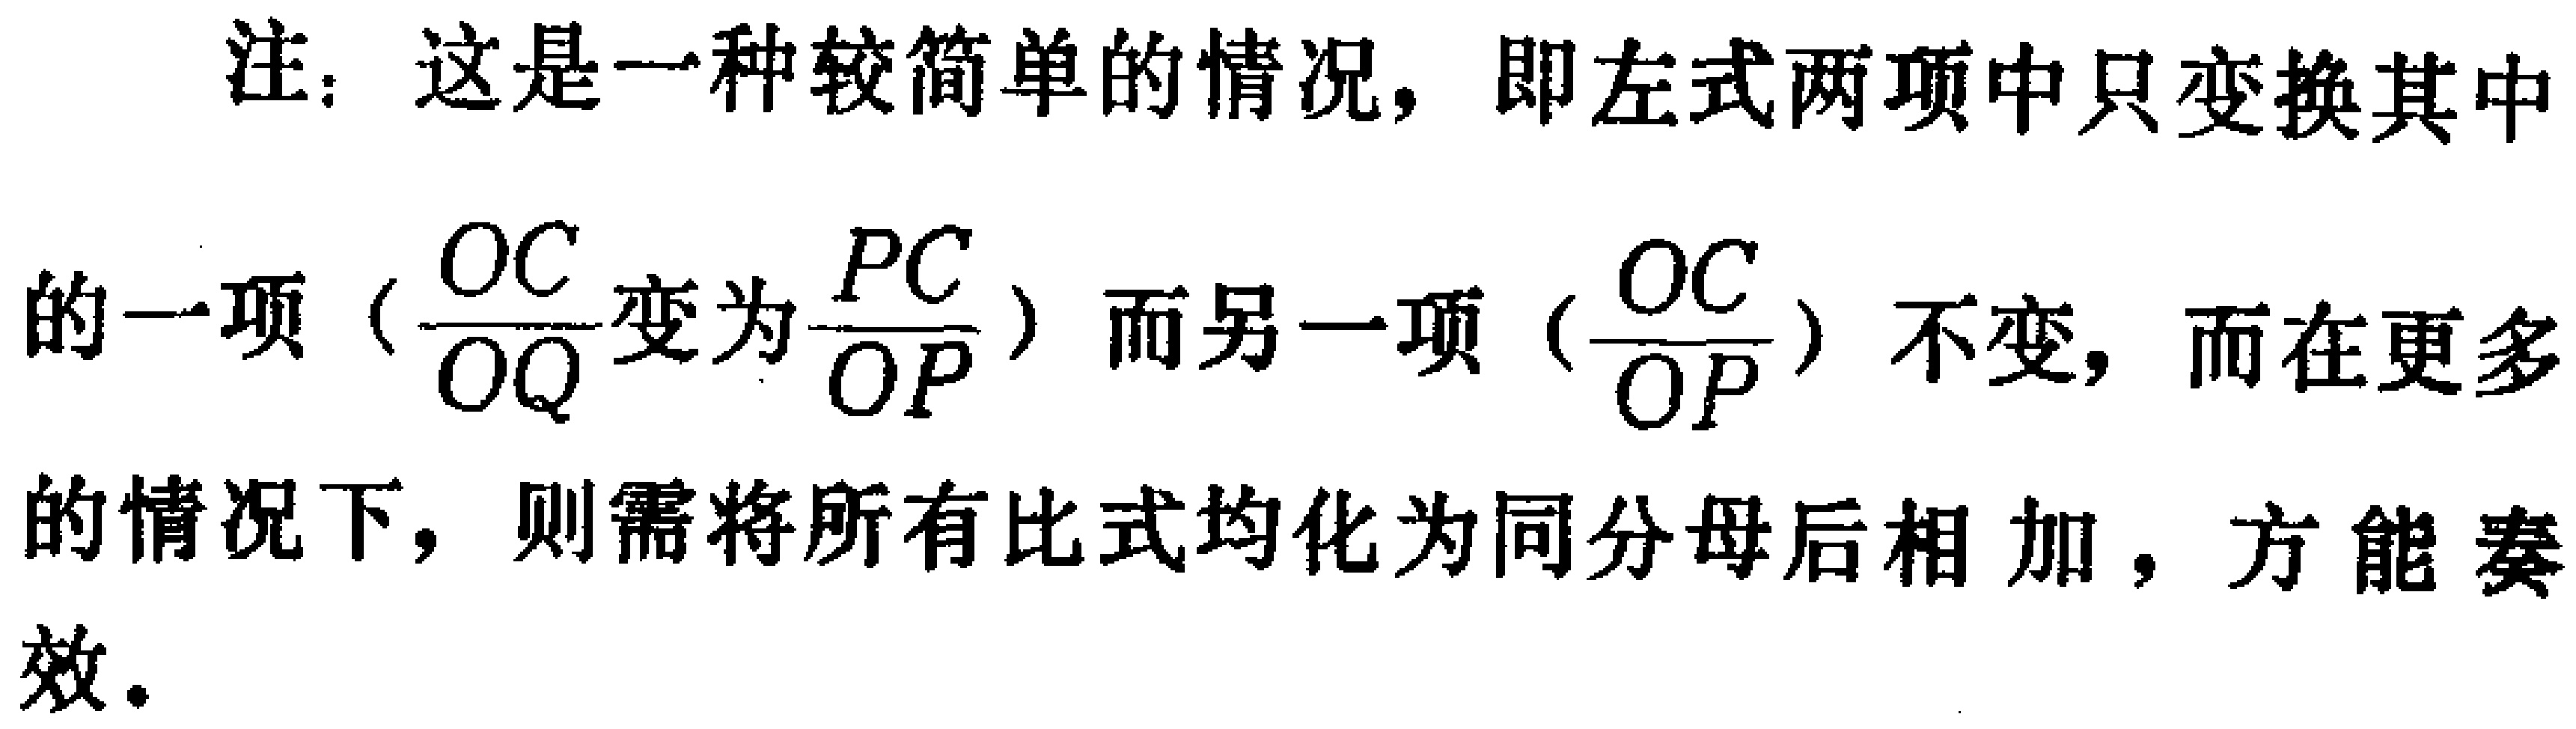
注：这是一种较简单的情况，即左式两项中只变换其中的一项（$\frac{OC}{OQ}$变为$\frac{PC}{OP}$）而另一项（$\frac{OC}{OP}$）不变，而在更多的情况下，则需将所有比式均化为同分母后相加，方能奏效。